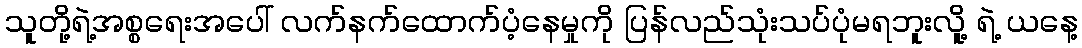
သူတို့ရဲ့အစ္စရေးအပေါ် လက်နက်ထောက်ပံ့နေမှုကို ပြန်လည်သုံးသပ်ပုံမရဘူးလိူ့ ရဲ့ ယနေ့